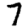
Digit: 7